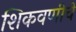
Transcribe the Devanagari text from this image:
शिकवणीचे